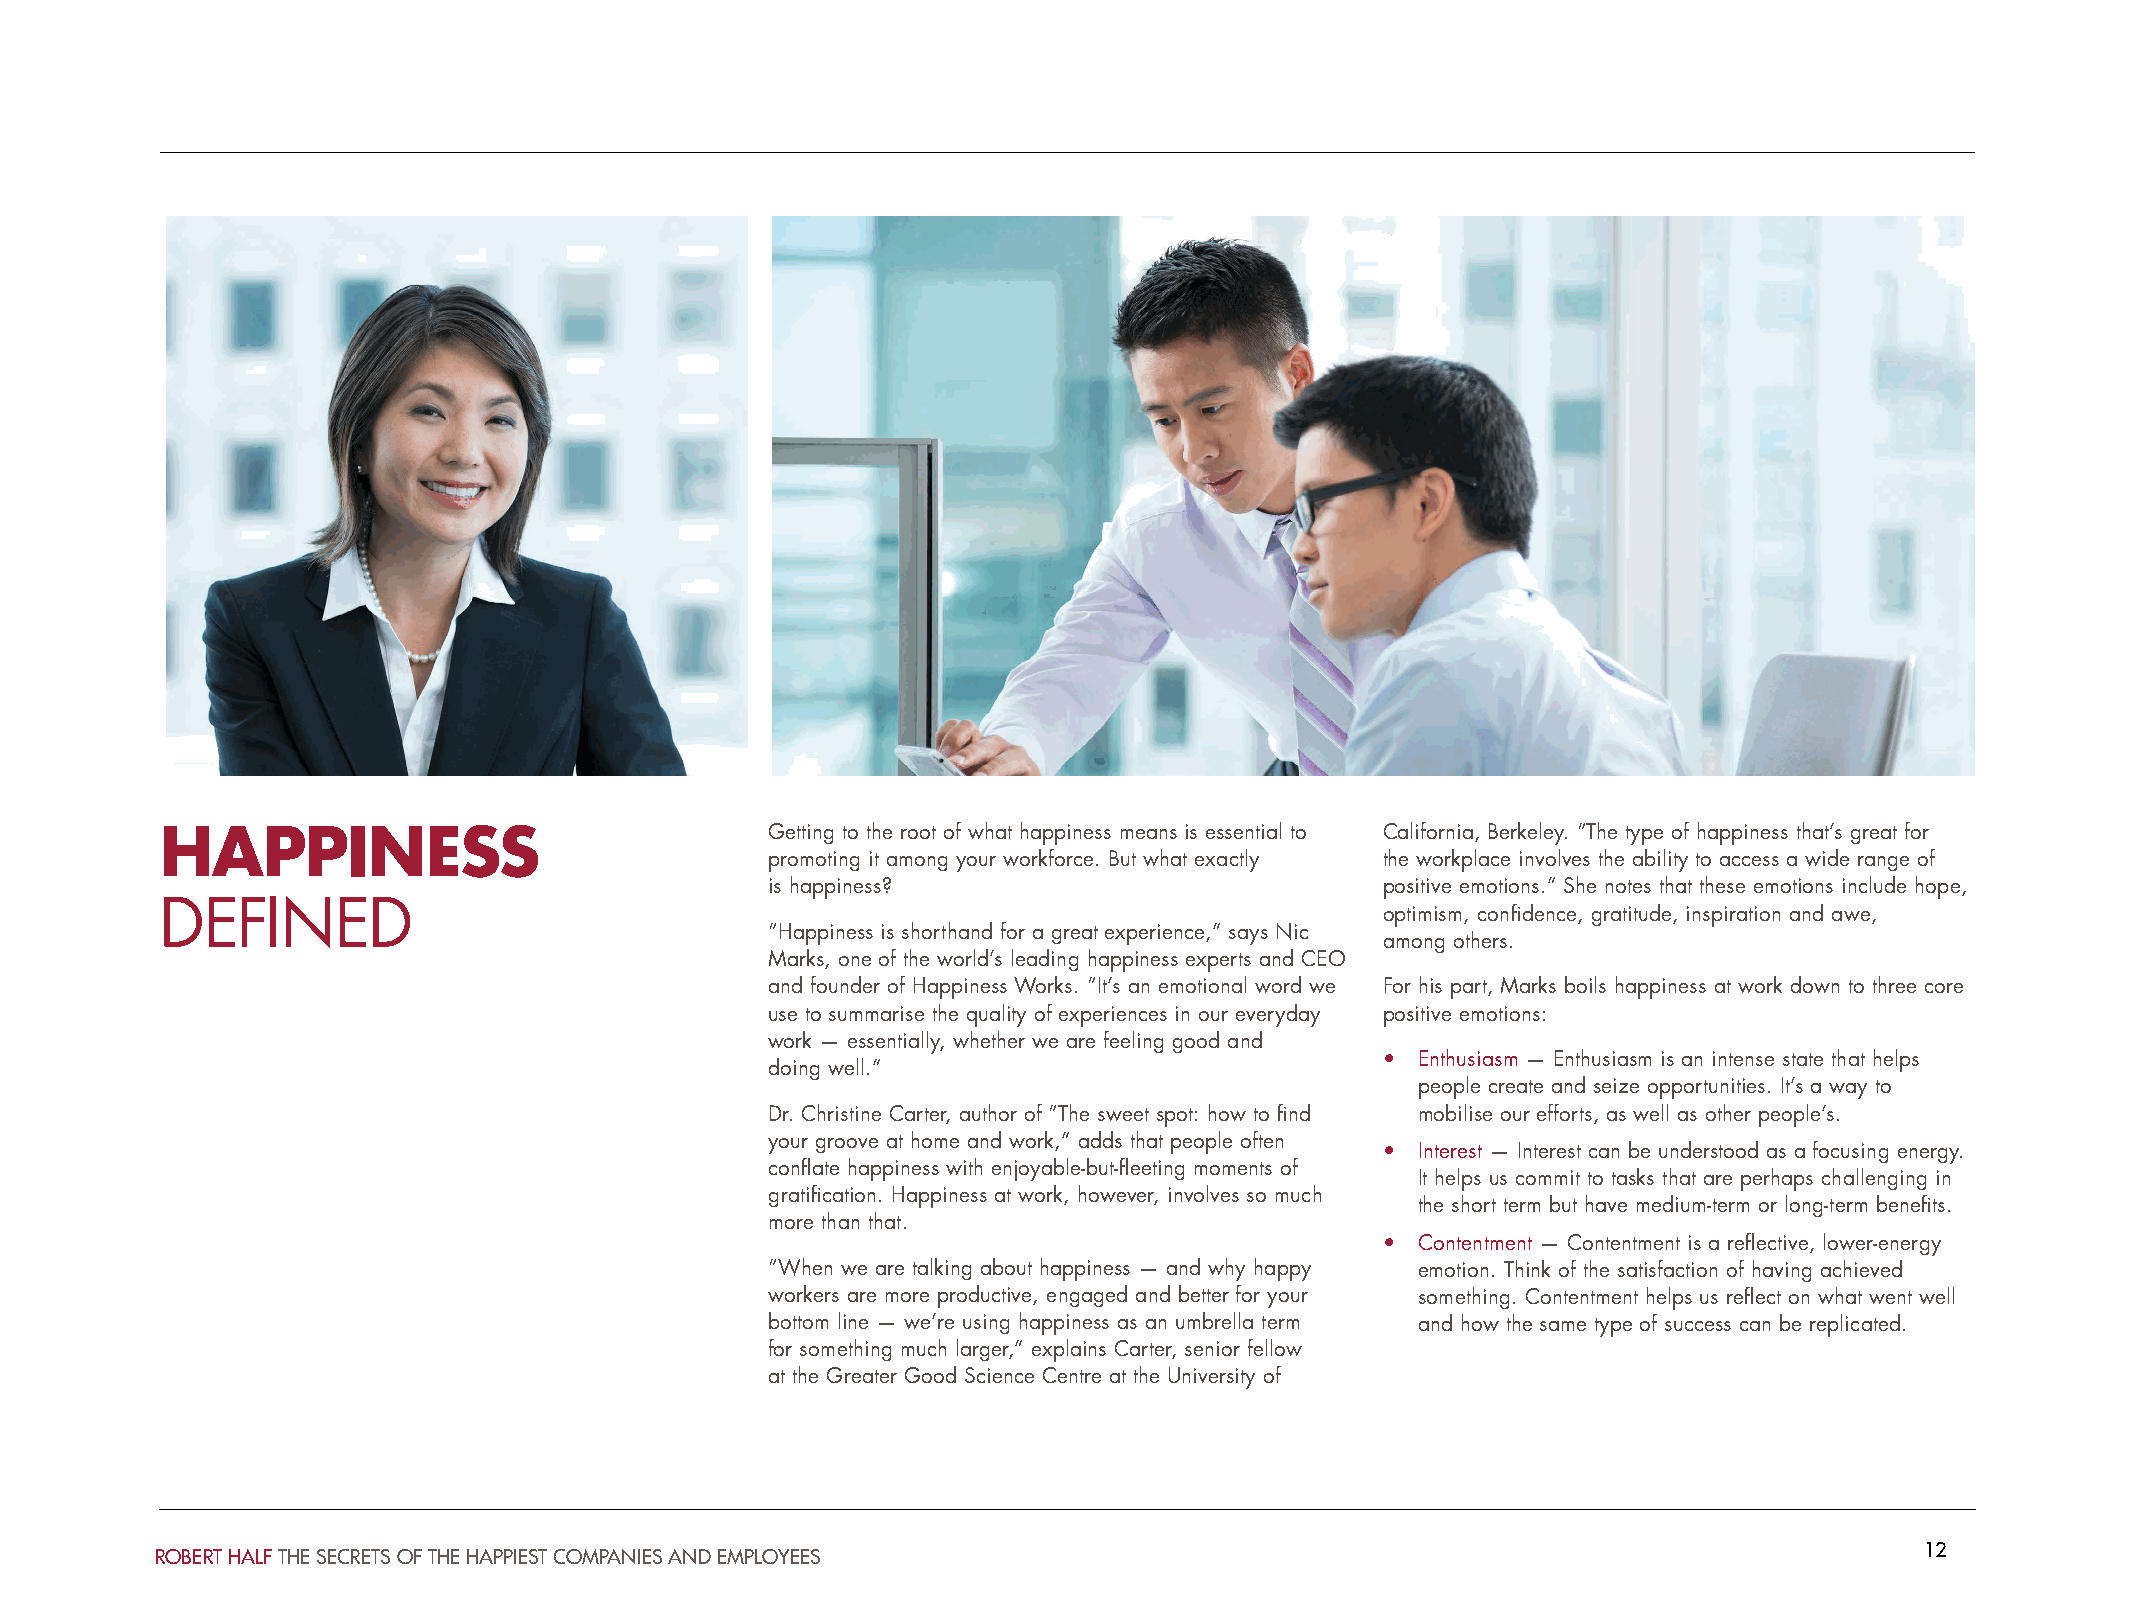
HAPPINESS                               Getting to the root of what happiness means is essential to California, Berkeley. “The type of happiness that’s great for
 promoting it among your workforce. But what exactly the workplace involves the ability to access a wide range of
 is happiness?                            positive emotions.” She notes that these emotions include hope,
 DEFINED                                                                          optimism, confidence, gratitude, inspiration and awe,
 “Happiness is shorthand for a great experience,” says Nic
 among others.
 Marks, one of the world’s leading happiness experts and CEO
 and founder of Happiness Works. “It’s an emotional word we For his part, Marks boils happiness at work down to three core
 use to summarise the quality of experiences in our everyday positive emotions:
 work — essentially, whether we are feeling good and
 • Enthusiasm — Enthusiasm is an intense state that helps
 doing well.”
 people create and seize opportunities. It’s a way to
 Dr. Christine Carter, author of “The sweet spot: how to find mobilise our efforts, as well as other people’s.
 your groove at home and work,” adds that people often
 • Interest — Interest can be understood as a focusing energy.
 conflate happiness with enjoyable-but-fleeting moments of
 It helps us commit to tasks that are perhaps challenging in
 gratification. Happiness at work, however, involves so much
 the short term but have medium-term or long-term benefits.
 more than that.
 • Contentment — Contentment is a reflective, lower-energy
 “When we are talking about happiness — and why happy emotion. Think of the satisfaction of having achieved
 workers are more productive, engaged and better for your something. Contentment helps us reflect on what went well
 bottom line — we’re using happiness as an umbrella term and how the same type of success can be replicated.
 for something much larger,” explains Carter, senior fellow
 at the Greater Good Science Centre at the University of
 12
 ROBERT HALF THE SECRETS OF THE HAPPIEST COMPANIES AND EMPLOYEES